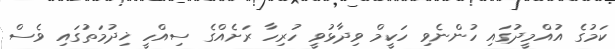
ކަމުގެ އުއްމީދުގައި ހުންނެވި ހަކީމް ވިދާޅުވީ ހުރިހާ ރަށެއްގެ ސިއްހީ ޚިދުމަތުގައި ވެސް